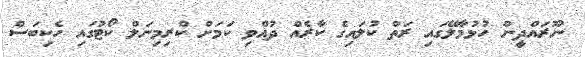
ނޫރައްދީން ހުޅުމާލޭގައި ރަތް ކުލައިގެ ކާރެއް ދުއްވި ކަމަށް ކްރިމިނަލް ކޯޓުގައި ހެކިބަސް